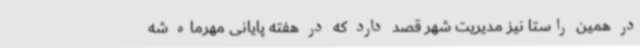
در همین راستا نیز مدیریت شهر قصد دارد که در هفته پایانی مهرماه شه